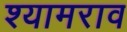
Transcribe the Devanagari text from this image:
श्‍यामराव